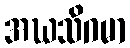
အဃသိဂမာ